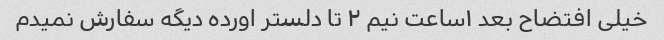
خیلی افتضاح بعد ۱ساعت نیم ۲ تا دلستر اورده دیگه سفارش نمیدم